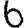
Digit: 6